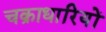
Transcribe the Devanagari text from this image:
चक्राधारियों